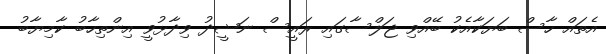
އެތައް ހާސް ބަޔަކާއެކު ބޭއްވި ޖަލްސާގައި ރައީސް ނަޝީދު ވިދާޅުުވީ އިންތިހާބު ކާމިޔާބު